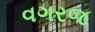
વગરજ